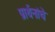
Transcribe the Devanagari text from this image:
प्रार्थनांचे